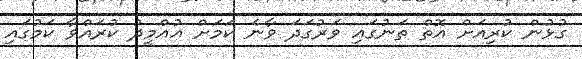
ގުޅުން ކުރިއަށް އޮތް ތަނުގައި ވަރުގަދަ ވާނެ ކަމަށް އުއްމީދު ކުރައްވާ ކަމުގައި